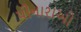
પીનારાઓ